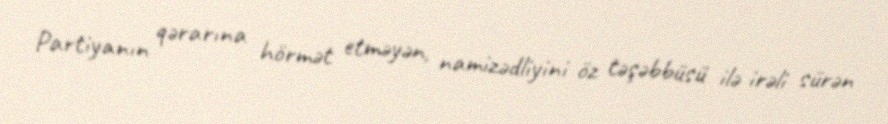
Partiyanın qərarına hörmət etməyən, namizədliyini öz təşəbbüsü ilə irəli sürən